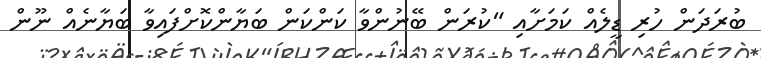
ބުރަދަން ހުރި ޑީލެއް ކަމަށާއި "ކުރަން ބޭނުންވާ ކަންކަން ބަޔާންކޮށްފައިވާ ބަޔާނެއް ނޫން